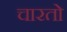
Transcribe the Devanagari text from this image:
चारतो